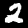
Digit: 2